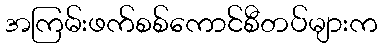
အကြမ်းဖက်စစ်ကောင်စီတပ်များက